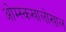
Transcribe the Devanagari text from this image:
ओम्स्कखालोखाल